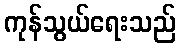
ကုန်သွယ်ရေးသည်